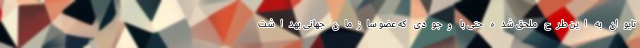
تایوان به این طرح ملحق شده حتی با وجودی که عضو سازمان جهانی بهداشت